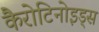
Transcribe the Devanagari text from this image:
कैरोटिनोइड्स